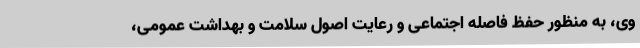
وی، به منظور حفظ فاصله اجتماعی و رعایت اصول سلامت و بهداشت عمومی،